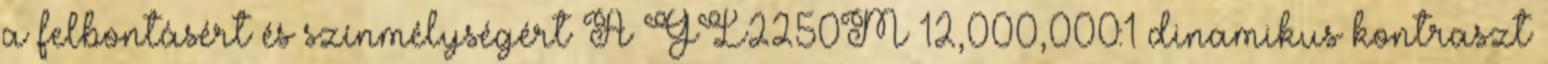
a felbontásért és színmélységért A GL2250M 12,000,000:1 dinamikus kontraszt